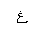
Letter: _gayn